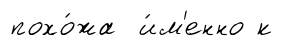
похо́жа и́м'енно к